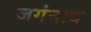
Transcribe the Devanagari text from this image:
जगंनाध